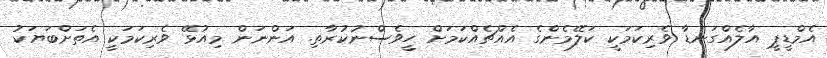
އެމްޑީޕީ އާލެެއްގަނޑާ ވެރިކަމަކީ ކަލޭމެންގެ އެއްޗެއްކަމަށް ހީވެސްނުކުރާތި. އަންނަން މިއުޅޭ ވެރިކަމަކީ އެތަށްބަޔަކު